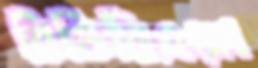
বিডিবিএলে